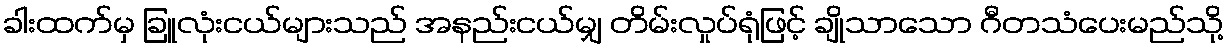
ခါးထက်မှ ခြူလုံးငယ်များသည် အနည်းငယ်မျှ တိမ်းလှုပ်ရုံဖြင့် ချိုသာသော ဂီတသံပေးမည်သို့